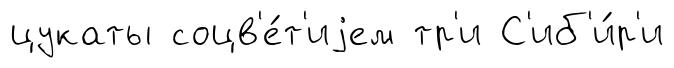
цукаты соцв'е́т'иjем тр'и С'иб'и́р'и